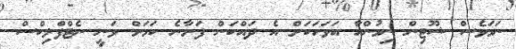
ނަމަވެސް ޝޫޓިން ނިމުންހާ އަވަހަކަށް އެ ދައްކަން ފަށާނެ ކަމަށް ވަނީ ނެޓްފްލިކްސް